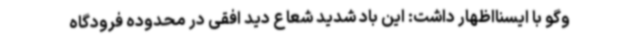
وگو با ایسنااظهار داشت: این باد شدید شعاع دید افقی در محدوده فرودگاه